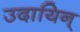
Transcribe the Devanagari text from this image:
उदायिन्